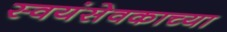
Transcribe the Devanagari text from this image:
स्वयंसेवकाच्या